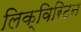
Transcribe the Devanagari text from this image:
लिक्विरिटन